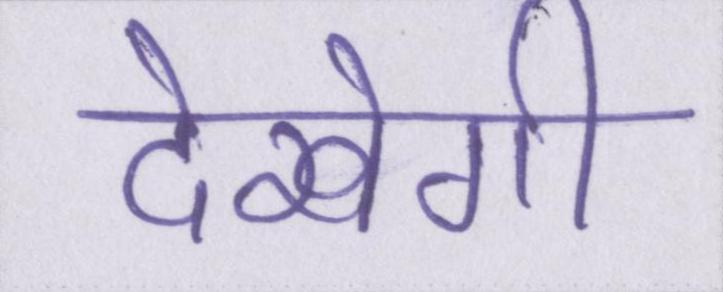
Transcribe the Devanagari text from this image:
देखेगी